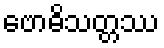
ဗောဓိသတ္တဿ